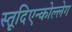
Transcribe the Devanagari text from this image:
स्तूदिएन्कोल्लेग